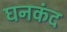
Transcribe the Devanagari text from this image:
घनकंद